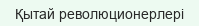
Қытай революционерлері